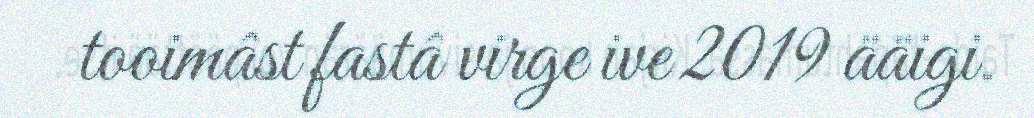
tooimâst fastâ virge ive 2019 ääigi.